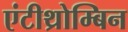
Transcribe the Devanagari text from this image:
एंटीथ्रोम्बिन